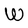
Character: W